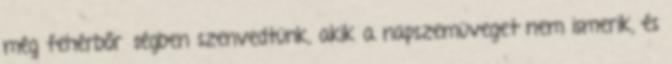
még fehérbőrűségben szenvedtünk, akik a napszemüveget nem ismerik, és